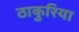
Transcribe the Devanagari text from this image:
ठाकुरिया